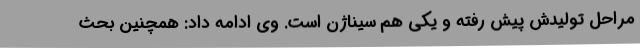
مراحل تولیدش پیش رفته و یکی هم سیناژن است. وی ادامه داد: همچنین بحث